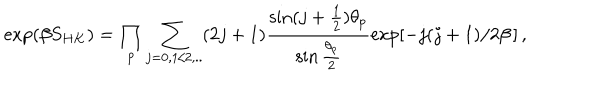
\exp ( \beta S _ { H K } ) = \prod _ { p } \sum _ { j = 0 , 1 / 2 , . . } ( 2 j + 1 ) \frac { \sin ( j + \frac { 1 } { 2 } ) \theta _ { p } } { \sin \frac { \theta _ { p } } { 2 } } \exp [ - j ( j + 1 ) / 2 \beta \, ] \, ,